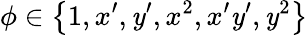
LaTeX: \phi\in\left\{ 1,x^{\prime},\mathit{y}^{\prime},x^{2},x^{\prime}\mathit{y}^{\prime},\mathit{y}^{2}\right\}